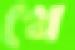
থে